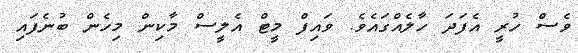
ވެސް ހުރީ އެފަދަ ހާލެއްގައެވެ. ވައިފް މީޓް އެލީސް މާކިން މިހެން ބުނެފައި